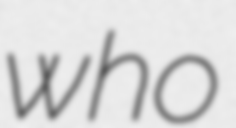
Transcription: who